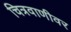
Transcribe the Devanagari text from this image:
चित्रवाणीवर